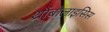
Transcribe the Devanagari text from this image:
थ्रोंबोलाइसिस